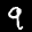
Label: 9